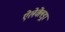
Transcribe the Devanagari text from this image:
ऐलेक्लेंड्रा